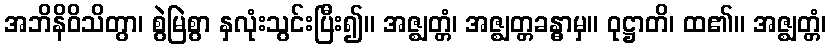
အဘိနိဝိသိတွာ၊ စွဲမြဲစွာ နှလုံးသွင်းပြီး၍။ အဇ္ဈတ္တံ၊ အဇ္ဈတ္တခန္ဓာမှ။ ဝုဋ္ဌာတိ၊ ထ၏။ အဇ္ဈတ္တံ၊